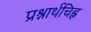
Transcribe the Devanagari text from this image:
प्रश्नार्थचिह्न